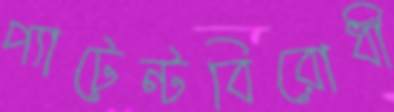
প্যাটেন্টবিরোধী